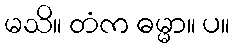
မသိ။ တံက ဓမ္မာ။ ပ။